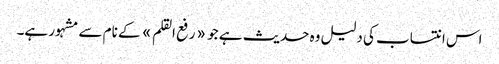
اس انتساب کی دلیل وہ حدیث ہے جو «رفع القلم» کے نام سے مشہور ہے۔